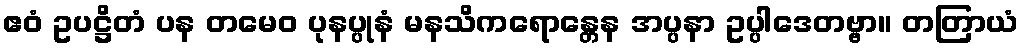
ဧဝံ ဥပဋ္ဌိတံ ပန တမေဝ ပုနပ္ပုနံ မနသိကရောန္တေန အပ္ပနာ ဥပ္ပါဒေတဗ္ဗာ။ တတြာယံ